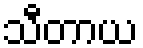
သီတာယ